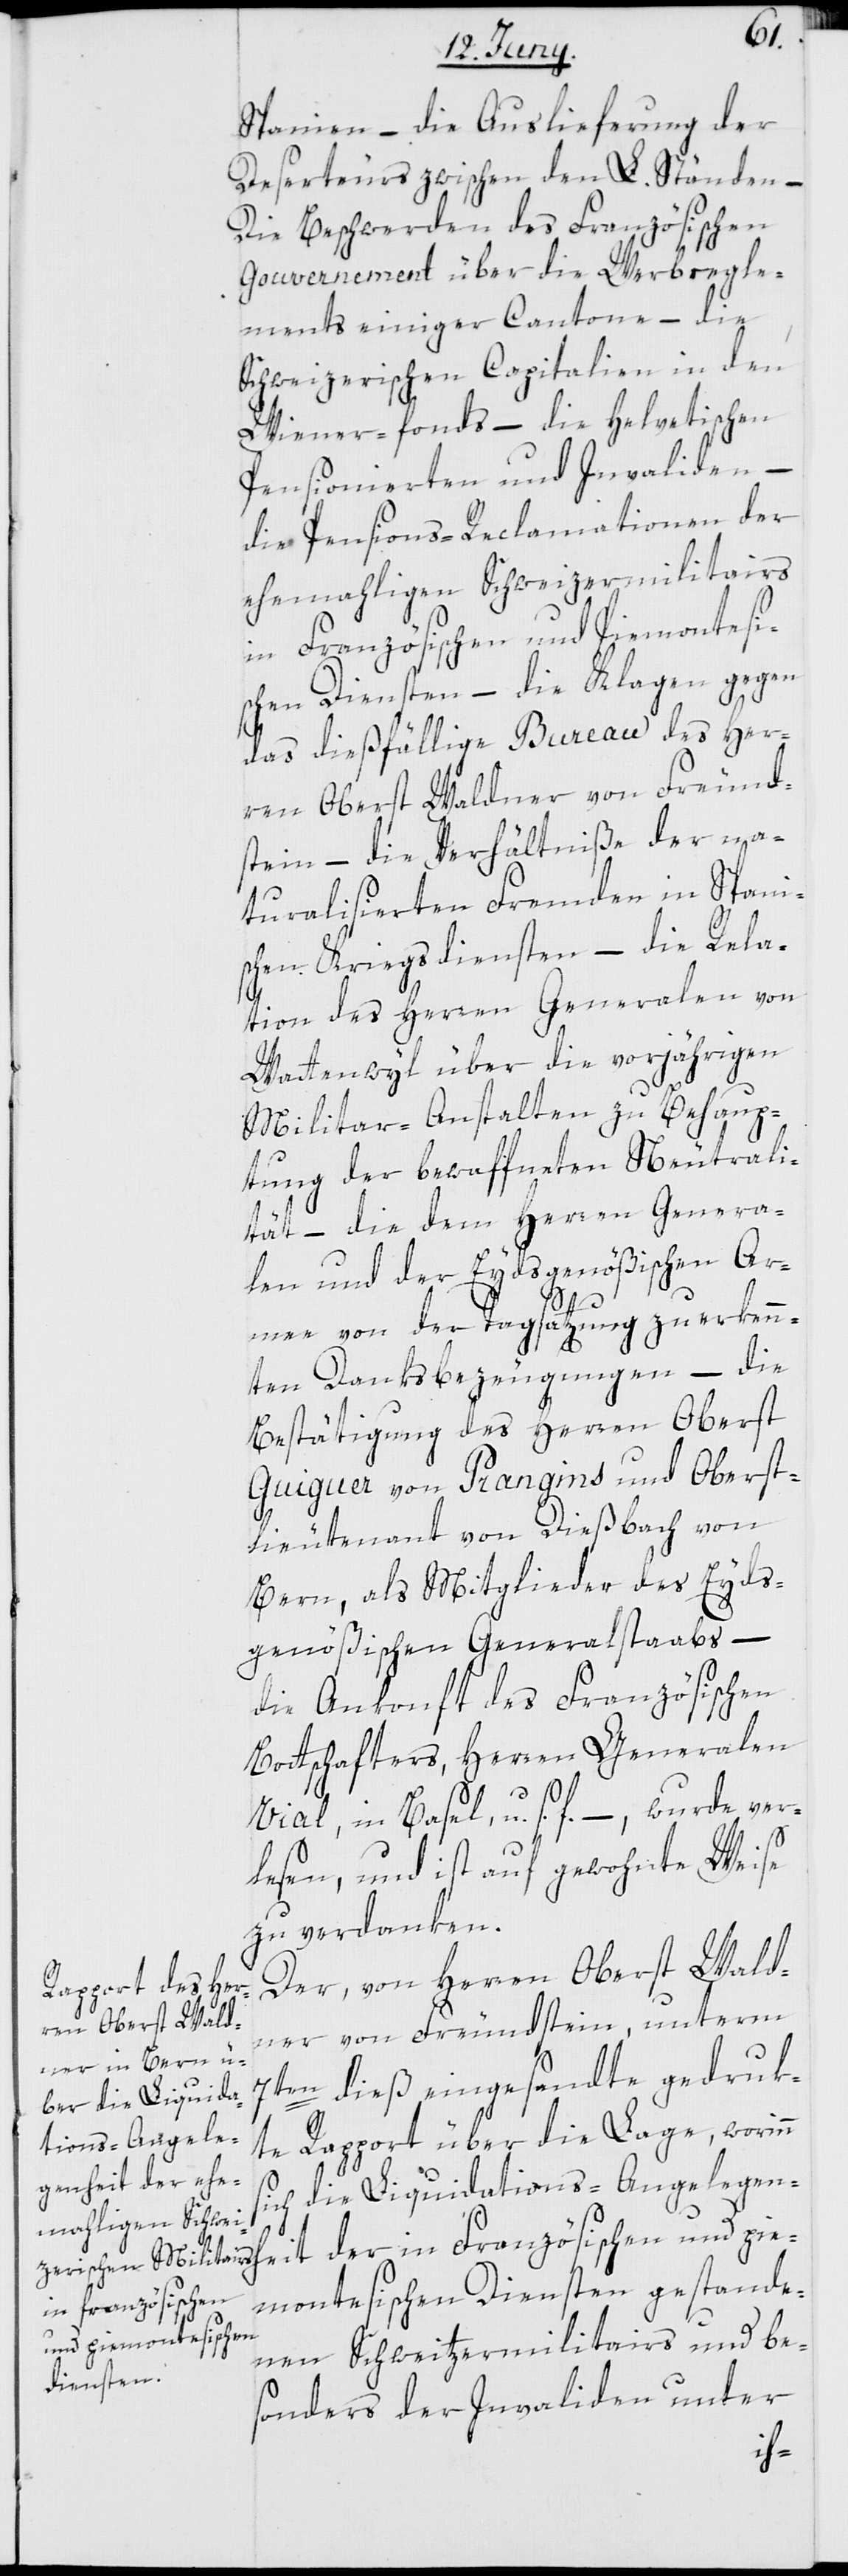
Spanien, – die Auslieferung der
Deserteurs zwischen den L. Ständen –
Die Beschwerden des Französischen
Gouvernement über die Werbregle¬
ments einiger Cantone, – die
Schweizerischen Capitalien in den
Wiener-fonds – die helvetischen
Pensionierten und Invaliden –
die Pensions-Reclamationen der
ehemaligen Schweizermilitairs
in Französischen und Piemontesi¬
schen Diensten – die Klagen gegen
das dießfällige Bureau des Her¬
ren Oberst Waldner von Freund¬
stein – die Verhältniße der na¬
turalisierten Fremden in Spani¬
schen Kriegsdiensten – die Rela¬
tion des Herren Generalen von
Wattenwyl über die vorjährigen
Militar-Anstalten zu Behaup¬
tung der bewaffneten Nerutrali¬
tät – die dem Herren Genera¬
len und der Eydsgenößischen Ar¬
mee von der Tagsatzung zuerkenn¬
te Danksbezeugungen – die
Bestätigung des Herren Oberst
Guiguer von Prangins und Oberst¬
lieutenant von Dießbach von
Bern, als Mitglieder des Eyds¬
genößischen Generalstaabs –
die Ankonft des Französischen
Bottschafters, Herren Generalen
heit
Vial in Basel, u. s. f. – wurde ver¬
lesen, und ist auf gewohnte Weise
zu verdanken.
Der, von Herren Oberst Wald¬
ner von Freundstein, unterm
7ten dieß eingesandte gedruk¬
te Rapport über die Lage, worinn
sich die Liquidations-Angelegen¬
montesischen Diensten gestande¬
in Französischen
nen Schweitzermilitairs und be¬
sonders der Invaliden unter
pie¬